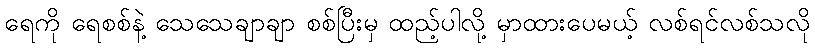
ရေကို ရေစစ်နဲ့ သေသေချာချာ စစ်ပြီးမှ ထည့်ပါလို့ မှာထားပေမယ့် လစ်ရင်လစ်သလို